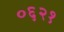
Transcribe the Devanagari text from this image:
०६२१